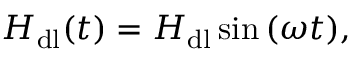
H _ { \mathrm { d l } } ( t ) = H _ { \mathrm { d l } } \sin { ( \omega t ) } ,